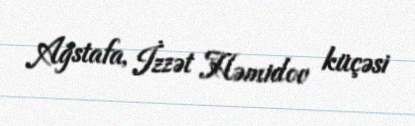
Ağstafa, İzzət Həmidov küçəsi